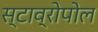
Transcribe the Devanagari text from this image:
स्टाव्रोपोल